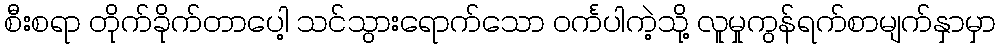
စီးစရာ တိုက်ခိုက်တာပေါ့ သင်သွားရောက်သော ဝင်္ကပါကဲ့သို့ လူမှုကွန်ရက်စာမျက်နှာမှာ